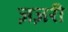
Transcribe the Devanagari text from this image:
ज़ज़री